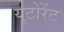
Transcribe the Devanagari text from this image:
यूटोरेंट